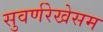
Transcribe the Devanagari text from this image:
सुवर्णरेखेसम